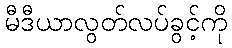
မီဒီယာလွတ်လပ်ခွင့်ကို